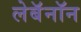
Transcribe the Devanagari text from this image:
लेबॅनॉन